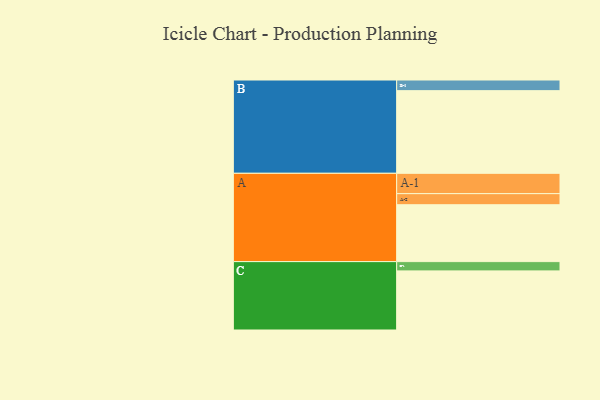
{"axis": {"x": "Segment", "y": "Value"}, "legend": ["", "A", "B", "C"], "data": [{"x": "A", "y": 411, "type": ""}, {"x": "B", "y": 597, "type": ""}, {"x": "C", "y": 427, "type": ""}, {"x": "A-1", "y": 147, "type": "A"}, {"x": "A-2", "y": 80, "type": "A"}, {"x": "B-1", "y": 77, "type": "B"}, {"x": "C-1", "y": 67, "type": "C"}]}